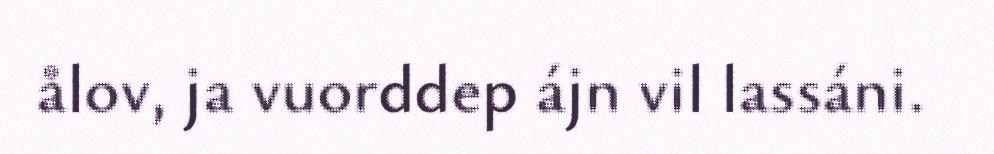
ålov, ja vuorddep ájn vil lassáni.